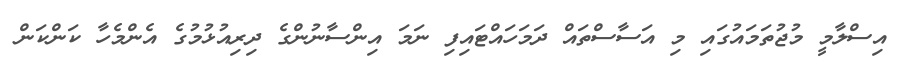
އިސްލާމީ މުޖުތަމައުގައި މި އަސާސްތައް ދަމަހައްޓައިފި ނަމަ އިންސާނުންގެ ދިރިއުޅުމުގެ އެންމެހާ ކަންކަން